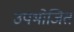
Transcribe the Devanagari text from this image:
उपभोजित